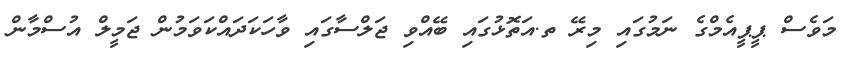
މަވެސް ޕީޕީއެމްގެ ނަމުގައި މިރޭ ތ.އަތޮޅުގައި ބޭއްވި ޖަލްސާގައި ވާހަކަދައްކަަވަމުން ޖަމީލް އުސްމާން